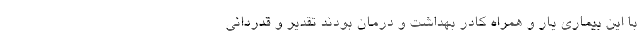
با این بیماری یار و همراه کادر بهداشت و درمان بودند تقدیر و قدردانی